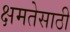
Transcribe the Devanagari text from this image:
क्षमतेसाठी